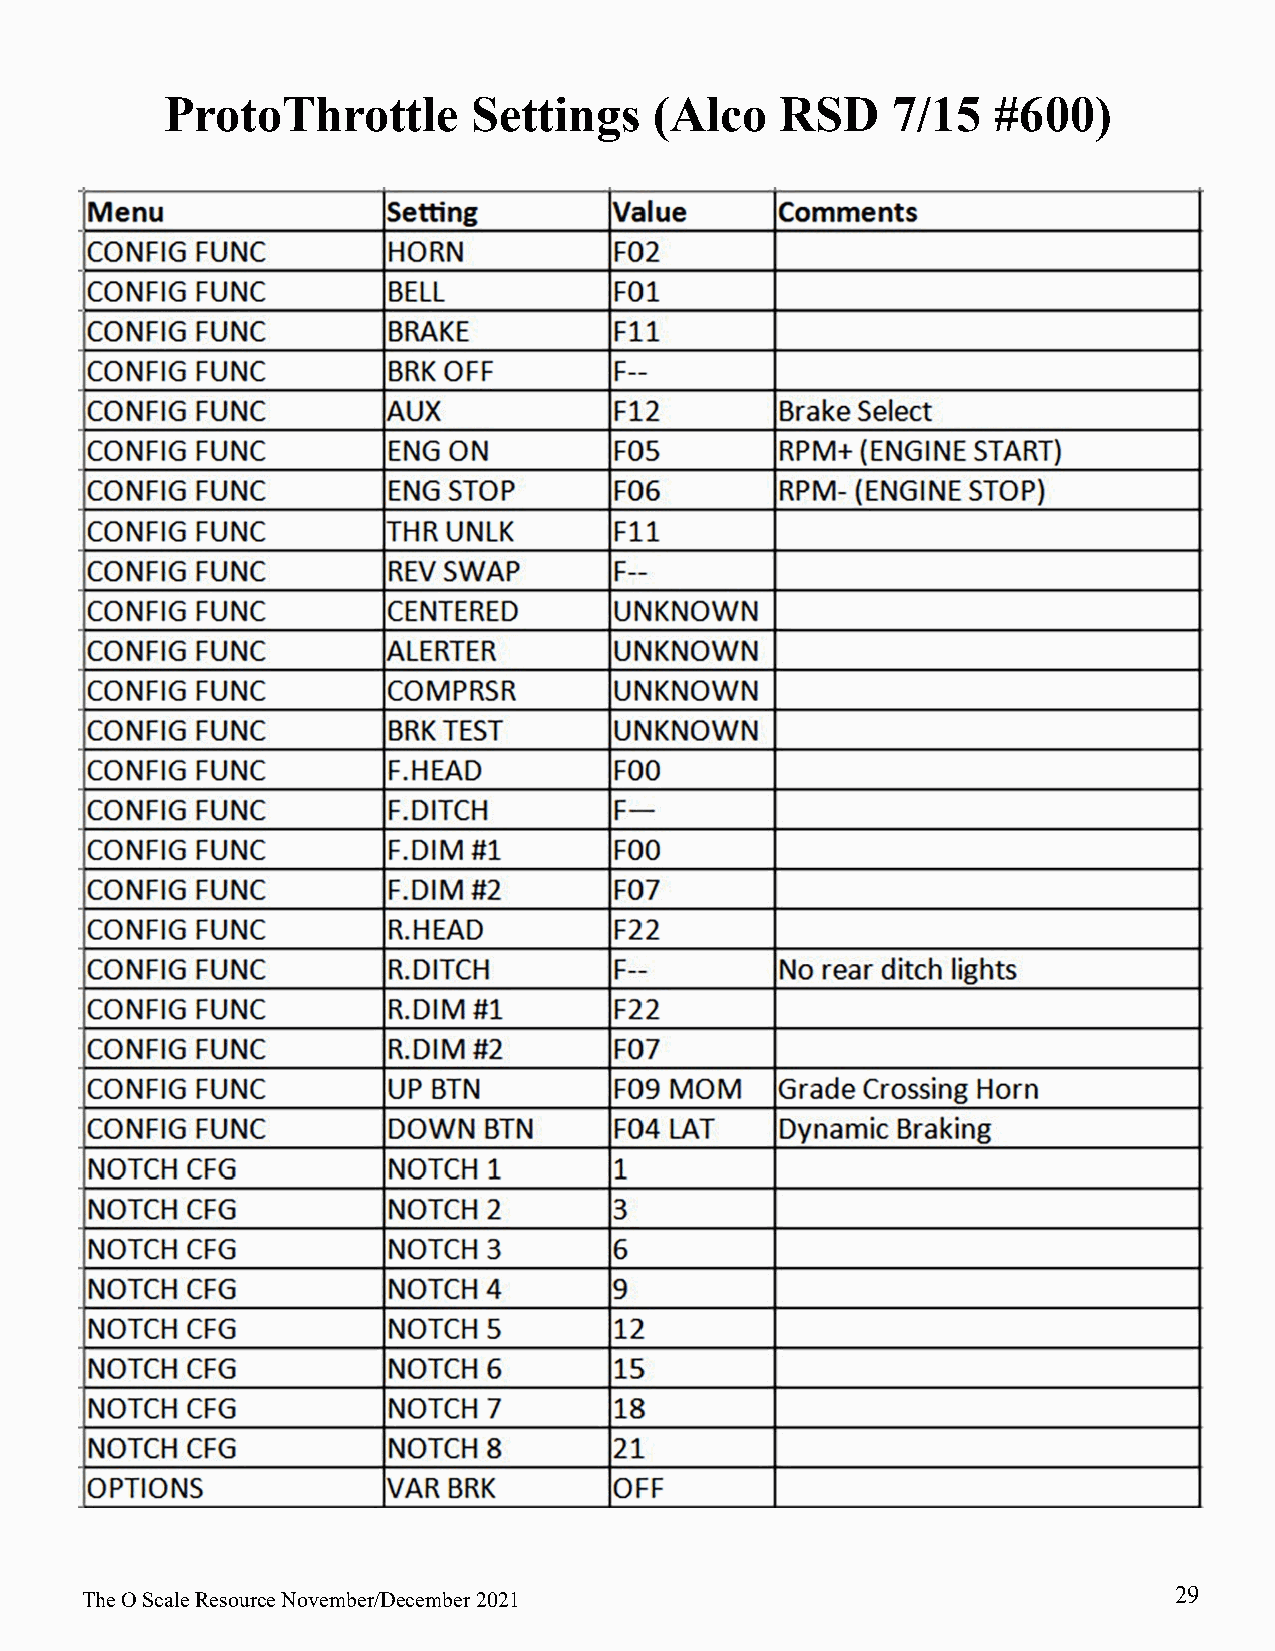
ProtoThrottle       Settings    (Alco    RSD    7/15   #600)
 29
 The O Scale Resource November/December 2021